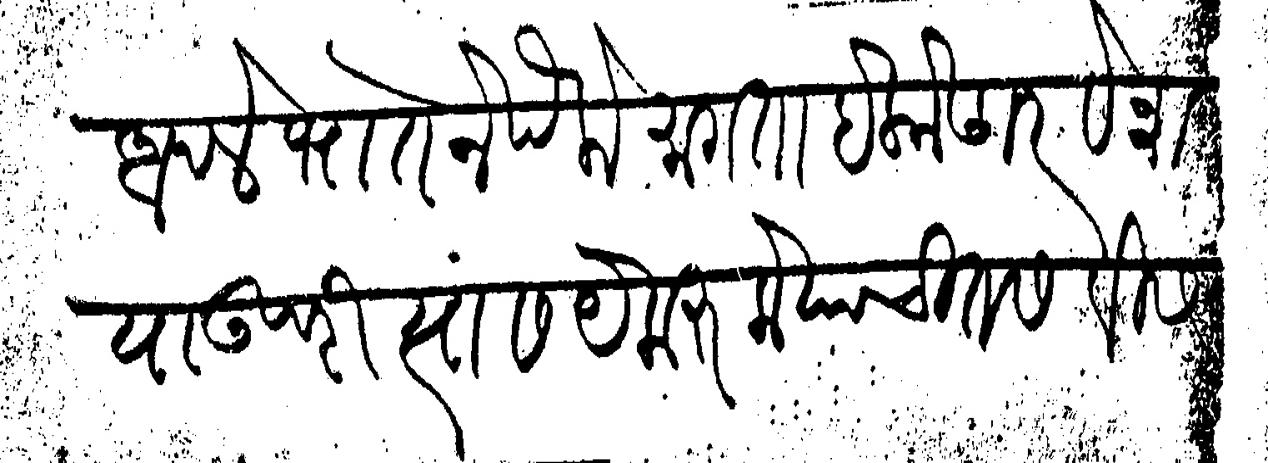
Transliteration (Devanagari): आपले भातेने पैके मागता हे कोण रवेश या उपरी त्यांस येक रुकेयाची तसवीस